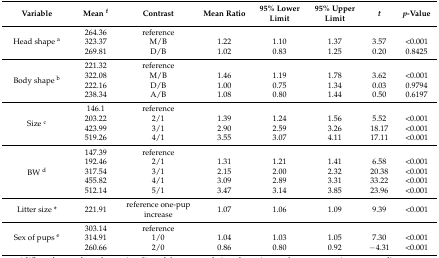
<table><thead><tr><td><b>Variable</b></td><td><b>Mean <sup>f</sup></b></td><td><b>Contrast</b></td><td><b>Mean Ratio</b></td><td><b>95% Lower Limit</b></td><td><b>95% Upper Limit</b></td><td><b><i>t</i></b></td><td><b><i>p</i>-Value</b></td></tr></thead><tbody><tr><td rowspan="3">Head shape <sup>a</sup></td><td>264.36</td><td>reference</td><td>[EMPTY_CELL]</td><td>[EMPTY_CELL]</td><td>[EMPTY_CELL]</td><td>[EMPTY_CELL]</td><td>[EMPTY_CELL]</td></tr><tr><td>323.37</td><td>M/B</td><td>1.22</td><td>1.10</td><td>1.37</td><td>3.57</td><td>&lt;0.001</td></tr><tr><td>269.81</td><td>D/B</td><td>1.02</td><td>0.83</td><td>1.25</td><td>0.20</td><td>0.8425</td></tr><tr><td rowspan="4">Body shape <sup>b</sup></td><td>221.32</td><td>reference</td><td>[EMPTY_CELL]</td><td>[EMPTY_CELL]</td><td>[EMPTY_CELL]</td><td>[EMPTY_CELL]</td><td>[EMPTY_CELL]</td></tr><tr><td>322.08</td><td>M/B</td><td>1.46</td><td>1.19</td><td>1.78 </td><td>3.62</td><td>&lt;0.001</td></tr><tr><td>222.16</td><td>D/B</td><td>1.00</td><td>0.75</td><td>1.34</td><td>0.03</td><td>0.9794</td></tr><tr><td>238.34</td><td>A/B</td><td>1.08</td><td>0.80</td><td>1.44</td><td>0.50</td><td>0.6197</td></tr><tr><td rowspan="4">Size <sup>c</sup></td><td>146.1</td><td>reference</td><td>[EMPTY_CELL]</td><td>[EMPTY_CELL]</td><td>[EMPTY_CELL]</td><td>[EMPTY_CELL]</td><td>[EMPTY_CELL]</td></tr><tr><td>203.22</td><td>2/1</td><td>1.39</td><td>1.24</td><td>1.56</td><td>5.52</td><td>&lt;0.001</td></tr><tr><td>423.99</td><td>3/1</td><td>2.90</td><td>2.59</td><td>3.26</td><td>18.17</td><td>&lt;0.001</td></tr><tr><td>519.26</td><td>4/1</td><td>3.55</td><td>3.07</td><td>4.11</td><td>17.11</td><td>&lt;0.001</td></tr><tr><td rowspan="5">BW <sup>d</sup></td><td>147.39</td><td>reference</td><td>[EMPTY_CELL]</td><td>[EMPTY_CELL]</td><td>[EMPTY_CELL]</td><td>[EMPTY_CELL]</td><td>[EMPTY_CELL]</td></tr><tr><td>192.46</td><td>2/1</td><td>1.31</td><td>1.21</td><td>1.41</td><td>6.58</td><td>&lt;0.001</td></tr><tr><td>317.54</td><td>3/1</td><td>2.15</td><td>2.00</td><td>2.32</td><td>20.38</td><td>&lt;0.001</td></tr><tr><td>455.82</td><td>4/1</td><td>3.09</td><td>2.89</td><td>3.31</td><td>33.22</td><td>&lt;0.001</td></tr><tr><td>512.14</td><td>5/1</td><td>3.47</td><td>3.14</td><td>3.85</td><td>23.96</td><td>&lt;0.001</td></tr><tr><td>Litter size *</td><td>221.91</td><td>reference one-pup increase</td><td>1.07</td><td>1.06</td><td>1.09</td><td>9.39</td><td>&lt;0.001</td></tr><tr><td rowspan="3">Sex of pups <sup>e</sup></td><td>303.14</td><td>reference</td><td>[EMPTY_CELL]</td><td>[EMPTY_CELL]</td><td>[EMPTY_CELL]</td><td>[EMPTY_CELL]</td><td>[EMPTY_CELL]</td></tr><tr><td>314.91</td><td>1/0</td><td>1.04</td><td>1.03</td><td>1.05</td><td>7.30</td><td>&lt;0.001</td></tr><tr><td>260.66</td><td>2/0</td><td>0.86</td><td>0.80</td><td>0.92</td><td>−4.31</td><td>&lt;0.001</td></tr></tbody></table>